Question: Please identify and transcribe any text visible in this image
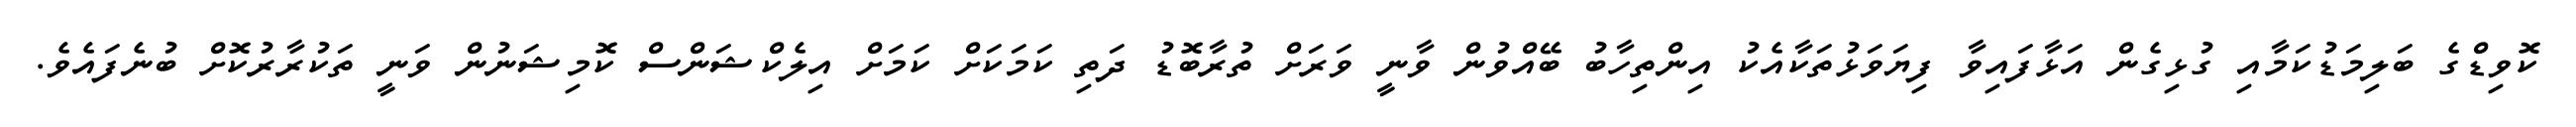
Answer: ކޮވިޑްގެ ބަލިމަޑުކަމާއި ގުޅިގެން އަޅާފައިވާ ފިޔަވަޅުތަކާއެކު އިންތިހާބު ބޭއްވުން ވާނީ ވަރަށް ތުރާބޮޑު ދަތި ކަމަކަށް ކަމަށް އިލެކްޝަންސް ކޮމިޝަނުން ވަނީ ތަކުރާރުކޮށް ބުނެފައެވެ.